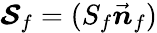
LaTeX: \boldsymbol{\mathcal{S}}_{f}=({S_{f}}\vec{\boldsymbol{n}}_{f})